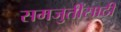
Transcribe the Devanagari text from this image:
समजुतींसाठी